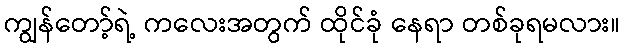
ကျွန်တော့်ရဲ့ ကလေးအတွက် ထိုင်ခုံ နေရာ တစ်ခုရမလား။